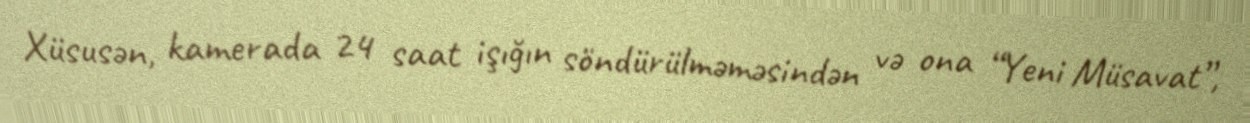
Xüsusən, kamerada 24 saat işığın söndürülməməsindən və ona “Yeni Müsavat”,